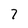
Character: 7